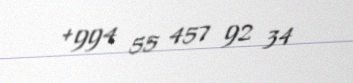
+994 55 457 92 34